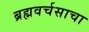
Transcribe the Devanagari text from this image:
ब्रह्मवर्चसाचा